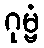
ဂုမ္ဗံ